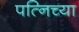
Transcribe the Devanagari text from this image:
पत्निच्या